Annual report on the Civil Veterinary Department, Burma (including the Insein Veterinary School) - 1910-1922
Year: 1910
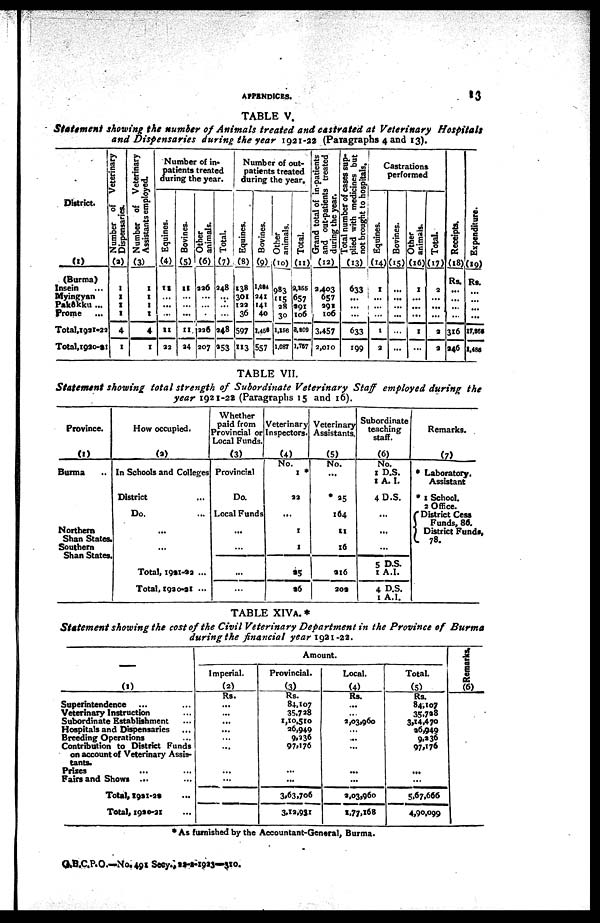
APPENDICES.
13
TABLE V.
Statement showing the number of Animals treated and castrated at Veterinary Hospitals
and Dispensaries during the year 1921-22 (Paragraphs 4 and 13).
District.
(1)
(Burma)
Insein ...
Myingyan
Pakôkku ...
Prome ...
T0tal,1921-22
Total,1920-21
Number of Veterinary
Dispensaries.
(a)
1
1
1
1
4
1
Number of Veterinary
Assistants employed.
(3)
1
1
1
1
4
X
Number of in-
patients treated
during the year.
Equines.
(4)
11
...
...
...
11
32
Bovines.
(5)
11
...
...
...
11
24
Other
animals.
(6)
220
...
...
.
226
207
Total.
(7)
248
...
...
...
248
253
Number of out-
patients treated
during the year.
Equines.
(8)
138
301
122
36
597
113
Bovines.
(9)
1,034
241
141
40
1,459
557
Other
animals.
(10)
983
115
28
30
1,156
1,087
Total.
(II)
2,165
657
291
I06
3,809
1,757
Grand total of in-patients
and out-patients treated
during the year.
(12)
2,403
657
291
106
3,457
2,010
Total number of cases sup-
plied with medicines but
not brought to hospitals.
(13)
633
...
...
...
633
199
Castrations
performed
Equines.
(14)
1
...
...
...
1
3
Bovines.
(15)
...
...
...
...
...
...
Other
animals.
(16)
1
...
...
...
1
...
Total.
(17)
2
...
...
...
3
3
Receipts.
(18)
Rs.
...
...
...
...
316
246
Expendi t
ur e.
(19)
Rs,
...
...
...
...
17,856
1,485
TABLE VII.
Statement showing total strength of Subordinate Veterinary Staff employed during the
year 1921-22 (Paragraphs 15 and 16).
Province.
(I)
Burma ..
Northern
Shan States.
Southern
Shan States.
How occupied.
(2)
In Schools and Colleges
District ...
Do. ...
...
...
Total, 1921-22 ...
Total, 1920-21 ...
Whether
paid from
Provincial or
Local Funds.
(3)
Provincial
Do.
Local Funds
...
...
...
...
Veterinary
Inspectors.
(4)
No.
1 *
22
...
1
1
25
26
Veterinary
Assistants.
(5)
No.
...
*25
164
11
26
216
209
Subordinate
teaching
staff.
(6)
No.
1 D.S.
I A. I.
4 D.S.
...
...
...
5 D.S.
1 A.I.
4 D.S.
1 A.I.
Remarks.
(7)
* Laboratory.
Assistant
* 1 School.
2 Office.
District Cess
Funds, 80.
District Funds.
78.
TABLE XIVA. *
Statement showing the cost of the Civil Veterinary Department in the Province of Burma
during the financial year 1921-22.
–––
(1)
Superintendence ... ...
Veterinary Instruction ...
Subordinate Establishment ...
Hospitals and Dispensaries ...
Breeding Operations ...
Contribution to District Funds
on account of Veterinary Assis-
tants.
Prizes ... ...
Fairs and Shows ... ...
Total, 1921-22 ...
Total, 1920-21 ...
Amount.
Imperial.
(2)
Rs.
...
...
...
...
...
...
...
...
Provincial.
(3)
Rs.
84,107
35,728
1,10,510
26,949
9,336
97,176
...
...
3,63,706
3,12,931
Local.
(4)
Rs.
...
...
2,03,960
...
...
...
...
...
3,03,960
1,77,168
Total.
(5)
Rs.
84,107
35,728
3,14,470
26,949
9,336
97,176
...
...
5,67,666
4,90,099
Remarks.
(6)
* As furnished by the Accountant-General, Burma.
G.B.C.P.O.—No. 491 Secy., 22-2-1923—310.